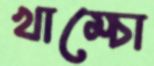
খাম্‌চো